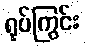
ရုပ်ကြွင်း